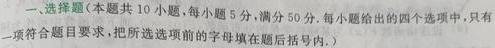
一、选择题（本题共10小题，每小题5分，满分50分. 每小题给出的四个选项中，只有一项符合题目要求，把所选项前的字母填在题后括号内. ）